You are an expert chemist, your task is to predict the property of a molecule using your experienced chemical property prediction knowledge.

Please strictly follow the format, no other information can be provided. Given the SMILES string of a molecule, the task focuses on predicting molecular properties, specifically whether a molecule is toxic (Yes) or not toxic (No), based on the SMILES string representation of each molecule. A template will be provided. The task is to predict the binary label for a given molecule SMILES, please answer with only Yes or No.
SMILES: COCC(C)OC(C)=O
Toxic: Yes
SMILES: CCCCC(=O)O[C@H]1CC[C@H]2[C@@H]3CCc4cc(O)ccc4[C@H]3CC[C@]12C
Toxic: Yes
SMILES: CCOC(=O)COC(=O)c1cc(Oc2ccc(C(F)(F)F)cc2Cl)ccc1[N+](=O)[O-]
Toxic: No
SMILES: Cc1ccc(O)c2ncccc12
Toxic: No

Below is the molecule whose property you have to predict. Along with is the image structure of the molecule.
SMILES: O=Nc1ccc(O)cc1
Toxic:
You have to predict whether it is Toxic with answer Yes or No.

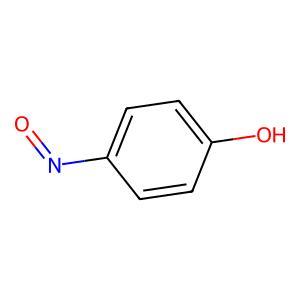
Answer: No